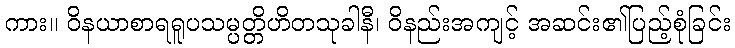
ကား။ ဝိနယာစာရရူပသမ္ပတ္တိဟိတသုခါနီ၊ ဝိနည်းအကျင့် အဆင်း၏ပြည့်စုံခြင်း